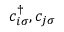
c _ { i \sigma } ^ { \dagger } , c _ { j \sigma }